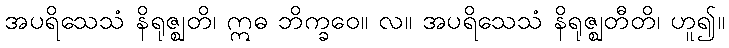
အပရိသေသံ နိရုဇ္ဈတိ၊ ဣဓ ဘိက္ခဝေ။ လ။ အပရိသေသံ နိရုဇ္ဈတီတိ၊ ဟူ၍။